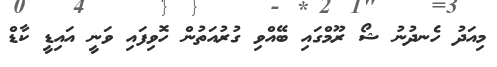
މިއަދު ހެނދުނު ޝޯ ރޫމްގައި ބޭއްވި ގުރުއަތުން ހޮވިފައި ވަނީ އައިޑީ ކާޑް